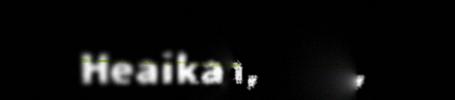
Heaika Skum,